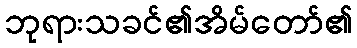
ဘုရားသခင်၏အိမ်တော်၏